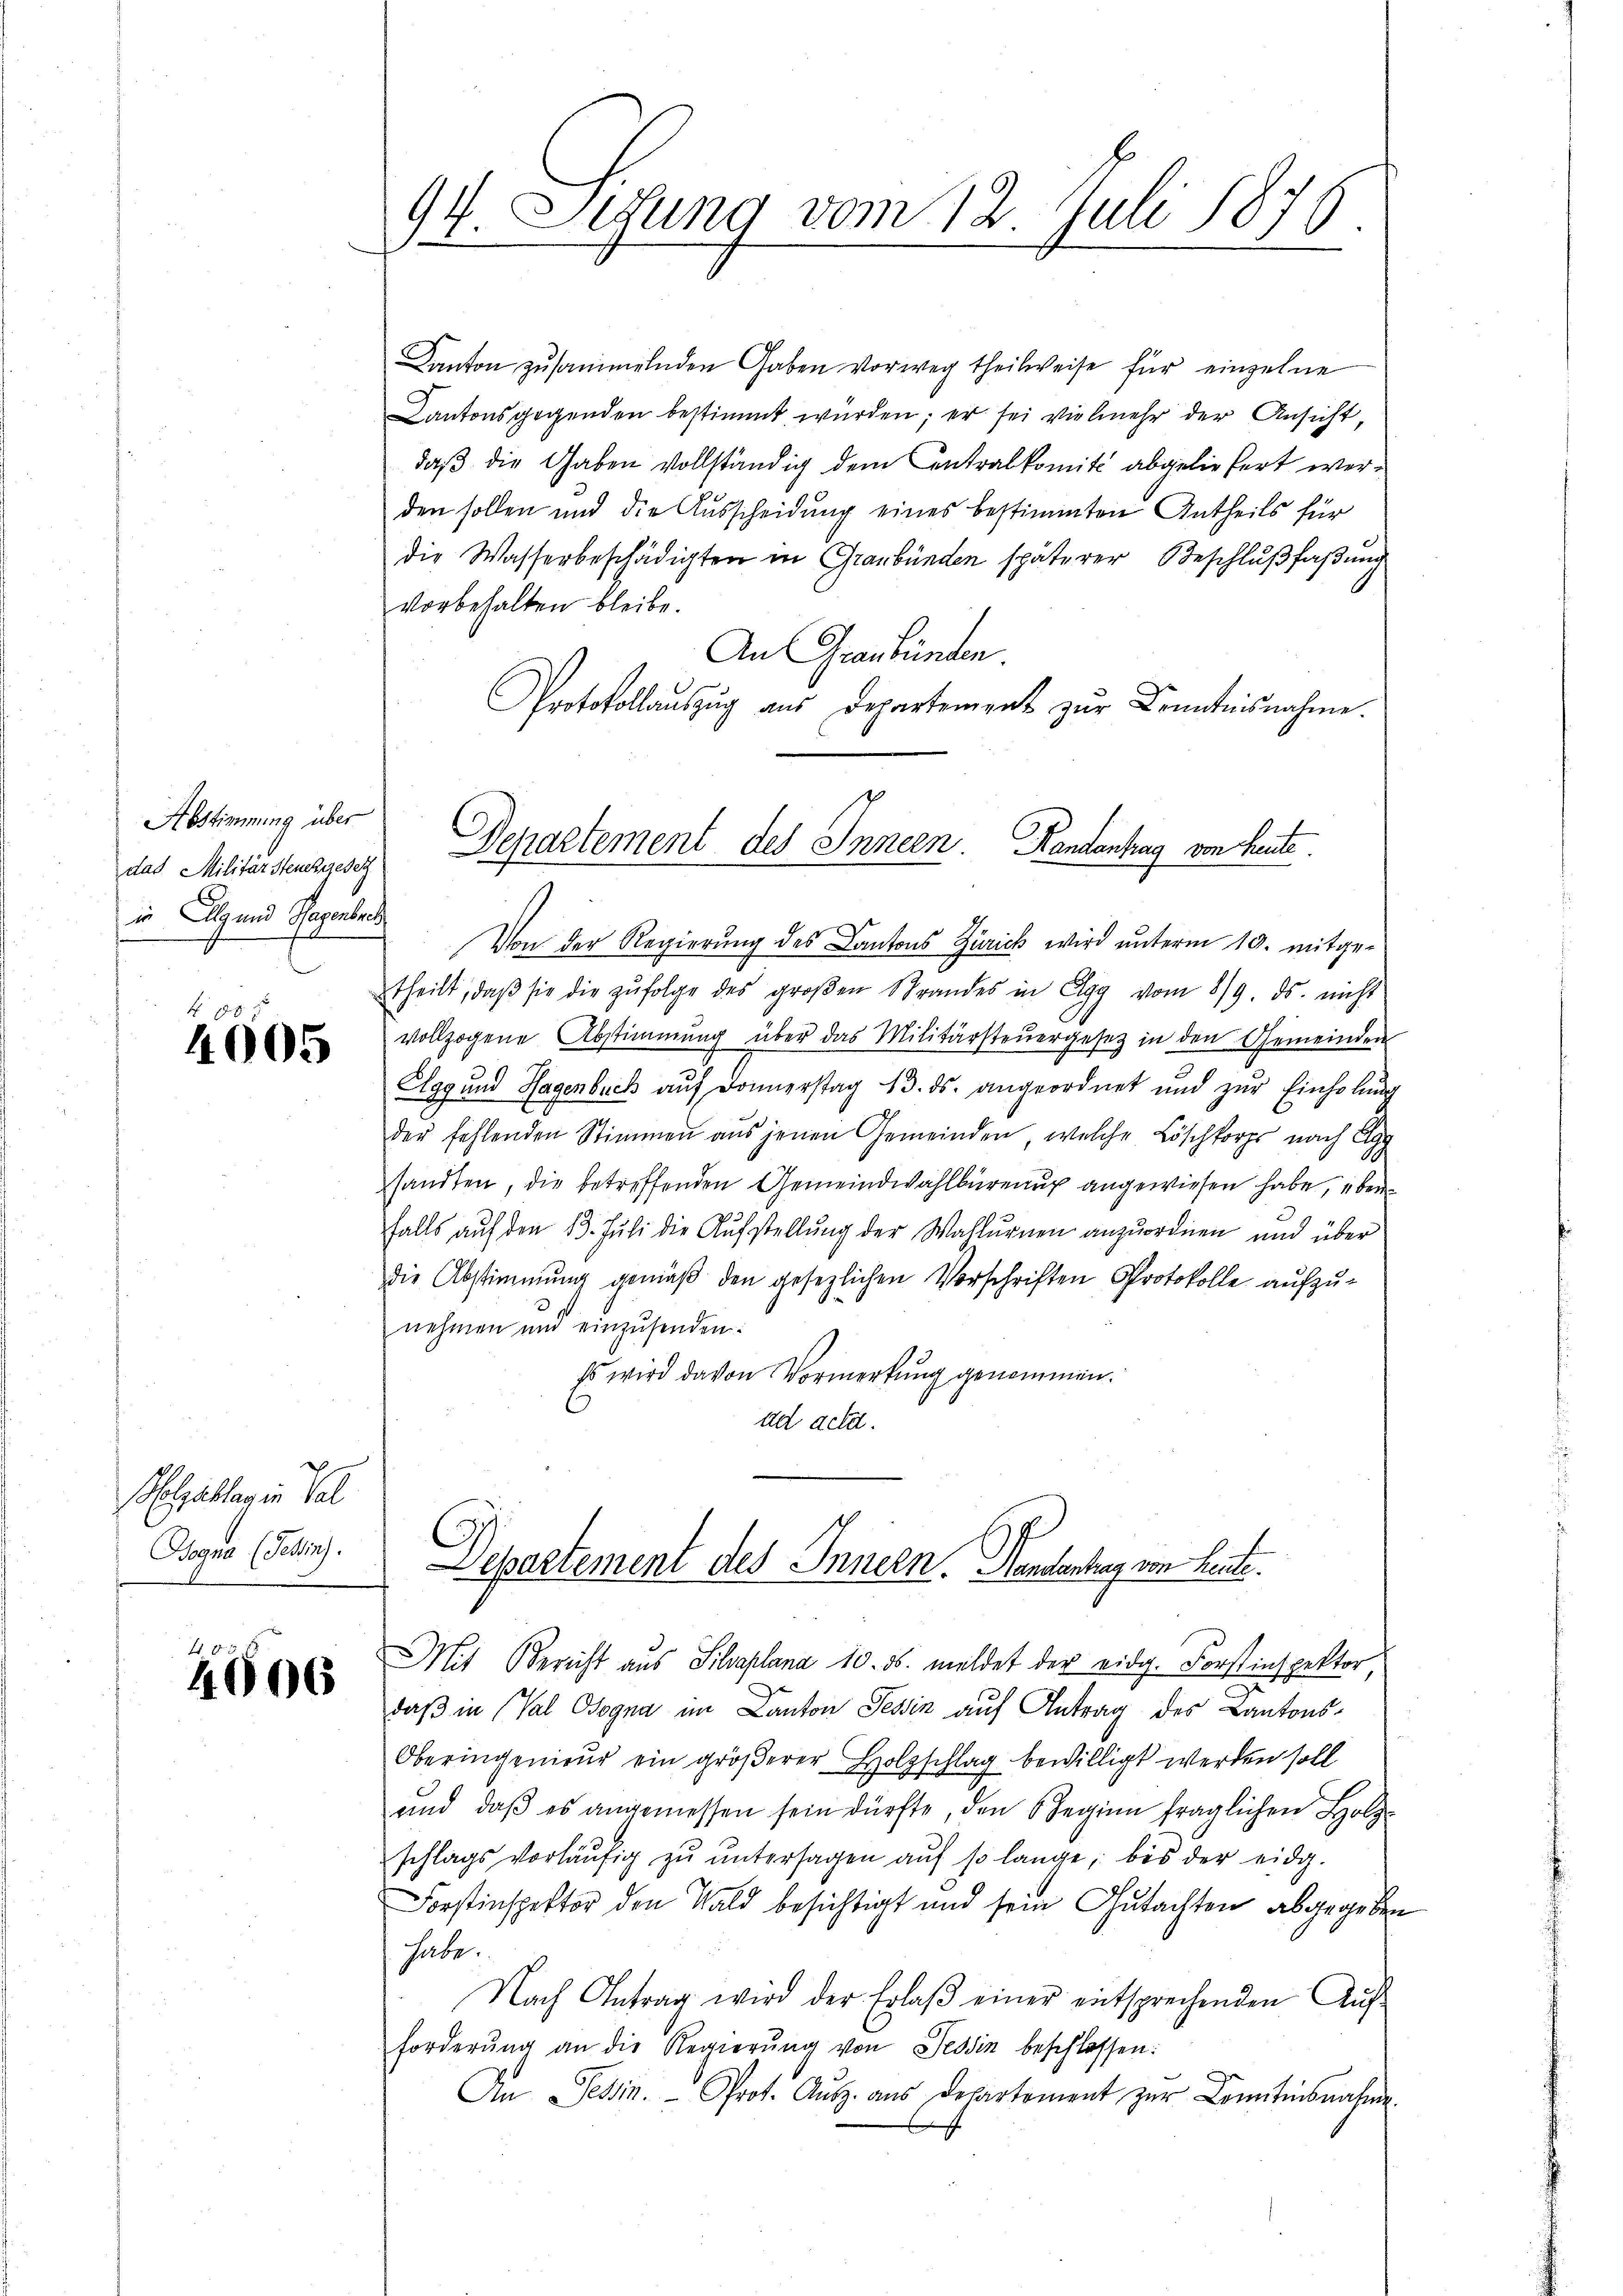
Abstimmung über
das Militär Steuchgesetz
in Alg und Hagenber

88
4005

elzahlen in Sal
Bogna (Tessin.

4606

4f Situng vom 12. Juli 1876.
1

Kanton zusammelnden Gaben vorweg theilweise für einzelne
Kantonsgegenden bestimmt würden; er sei vielmehr der Ansicht,
daß die Gaben vollständig dem Centralkomité abgeliefert werden sollen und die Ausscheidung eines bestimmten Antheils für
die Wasserbeschädigten in Graubünden späterer Beschlußfaßung
vorbehalten bleibe.
An Graubünden.
Protokollaŭszŭg ans Departement zŭr Kenntnisnahme.
Departement des Innern. Kandantrag von heute.

Von der Regierŭng des Cantons Zürich wird ŭnterm 10. mitge-
theilt, daβ sie die zŭfolge des groβen Strandes in Elgg vom 8/9. ds. nicht
vollzogene Abstimmung über das Militärsteŭergesetz in den Gemeinden
Agg und Hagenbuch auf Donnerstag 13. ds. angeordnet und zŭr Einholung
der fehlenden Stimmen aus jenen Gemeinden, welche Löschkorps nach Egg
sandten, die betreffenden Gemeindwahlbüreaux angewiesen habe, über
falls auf den 13. Juli die Aufstellŭng der Wahlurnen anzuordnen und über
die Abstimmung gemäβ den gesezlichen Vorschriften Protokolle aufzu-
nehmen und einzusenden:
Es wird davon Vormerkung genommen.
ad acta.
Departement des Innern. Handentrag von Leute.
Mit Bericht aus Silvaplana 10. ds. meldet der eidg. Forstinspektor
s
daß in (Val Cogna im Canton Tessin auf Antrag des Cantons¬
Oberingenieur ein größerer Holzschlag bewilligt werden soll
und, daβ es angemessen sein dürfte, den Regien fraglichen Holz-
schlags vorläŭfig zŭ ŭntersagen aŭf so lange, bis der eidg.
Forstinspektor den Wald besichtigt und sein Gutachten abgegeben
habe.
Nach Antrag wird der Erlaβ einer entsprechenden Aŭf-
forderŭng an die Regierŭng von Tessin beschlossen:
An Tessin. Prot. Aŭsz. aus Departement zŭr Comitinsnahme-

b